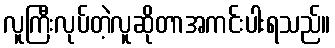
လူကြီးလုပ်တဲ့လူဆိုတာအကင်းပါးရသည်။